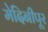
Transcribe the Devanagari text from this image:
मेदिनीपूर